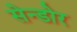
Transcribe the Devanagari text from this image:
सेन्डोर